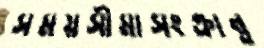
সময়সীমাসংক্রান্ত